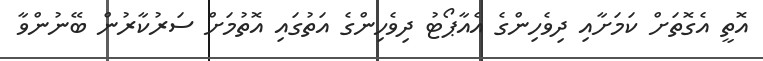
އޮތީ އެގޮތަށް ކަމަށާއި ދިވެހިންގެ އެއާޕޯޓު ދިވެހިންގެ އަތުގައި އޮތުމަށް ސަރުކާރުން ބޭނުންވާ